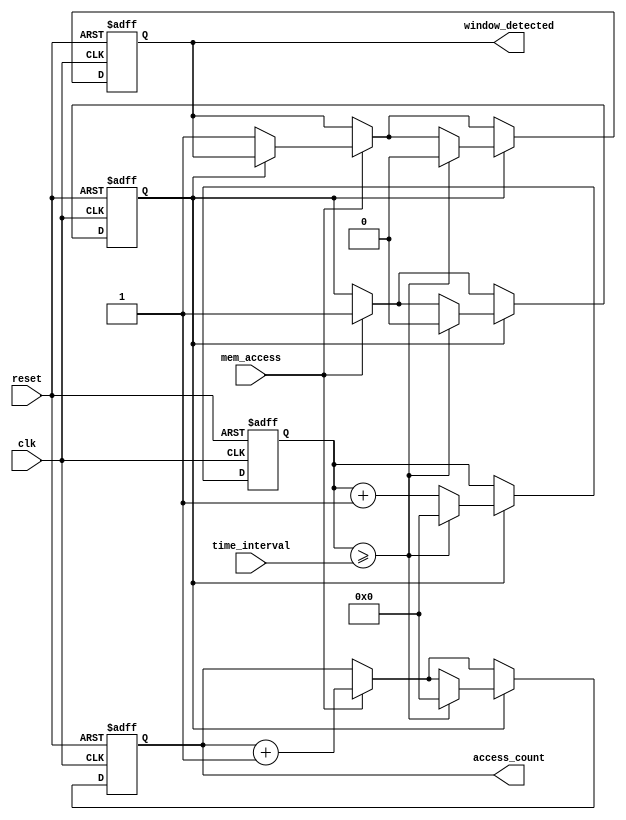
module MemoryBlocksTimeWindowDetector (
    input wire clk,
    input wire reset,
    input wire mem_access,
    input wire [7:0] time_interval, // configurable time-window
    output reg window_detected,
    output reg [7:0] access_count
);

    reg [7:0] counter; // Counter for tracking clock cycles
    reg counting; // State to know if we are counting

    // Asynchronous reset and counter logic
    always @(posedge clk or posedge reset) begin
        if (reset) begin
            counter <= 0;
            access_count <= 0;
            window_detected <= 0;
            counting <= 0; // Reset counting state
        end else begin
            // Detect memory access event
            if (mem_access) begin
                // Start counting if not already counting
                if (!counting) begin
                    counting <= 1;
                    access_count <= access_count + 1; // Increment access count
                    window_detected <= 1; // Assert window detected
                end else begin
                    // Additional access detected during counting
                    access_count <= access_count + 1;
                end
            end
            
            // Counting logic
            if (counting) begin
                counter <= counter + 1; // Increment counter for cycles

                // Check if we reached the time interval
                if (counter >= time_interval) begin
                    counting <= 0; // Stop counting
                    counter <= 0; // Reset counter
                    // Reset access count and window detected flag
                    access_count <= 0;
                    window_detected <= 0;
                end
            end
        end
    end

endmodule